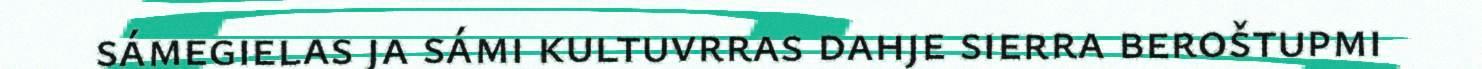
sámegielas ja sámi kultuvrras dahje sierra beroštupmi